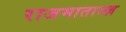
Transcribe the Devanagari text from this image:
राजमाताज्ज़